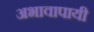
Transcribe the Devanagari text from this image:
अभावापायी